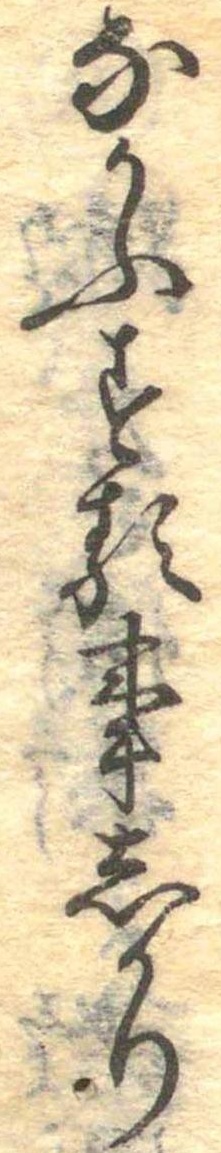
なかふする事しかり